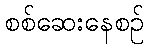
စစ်ဆေးနေစဉ်